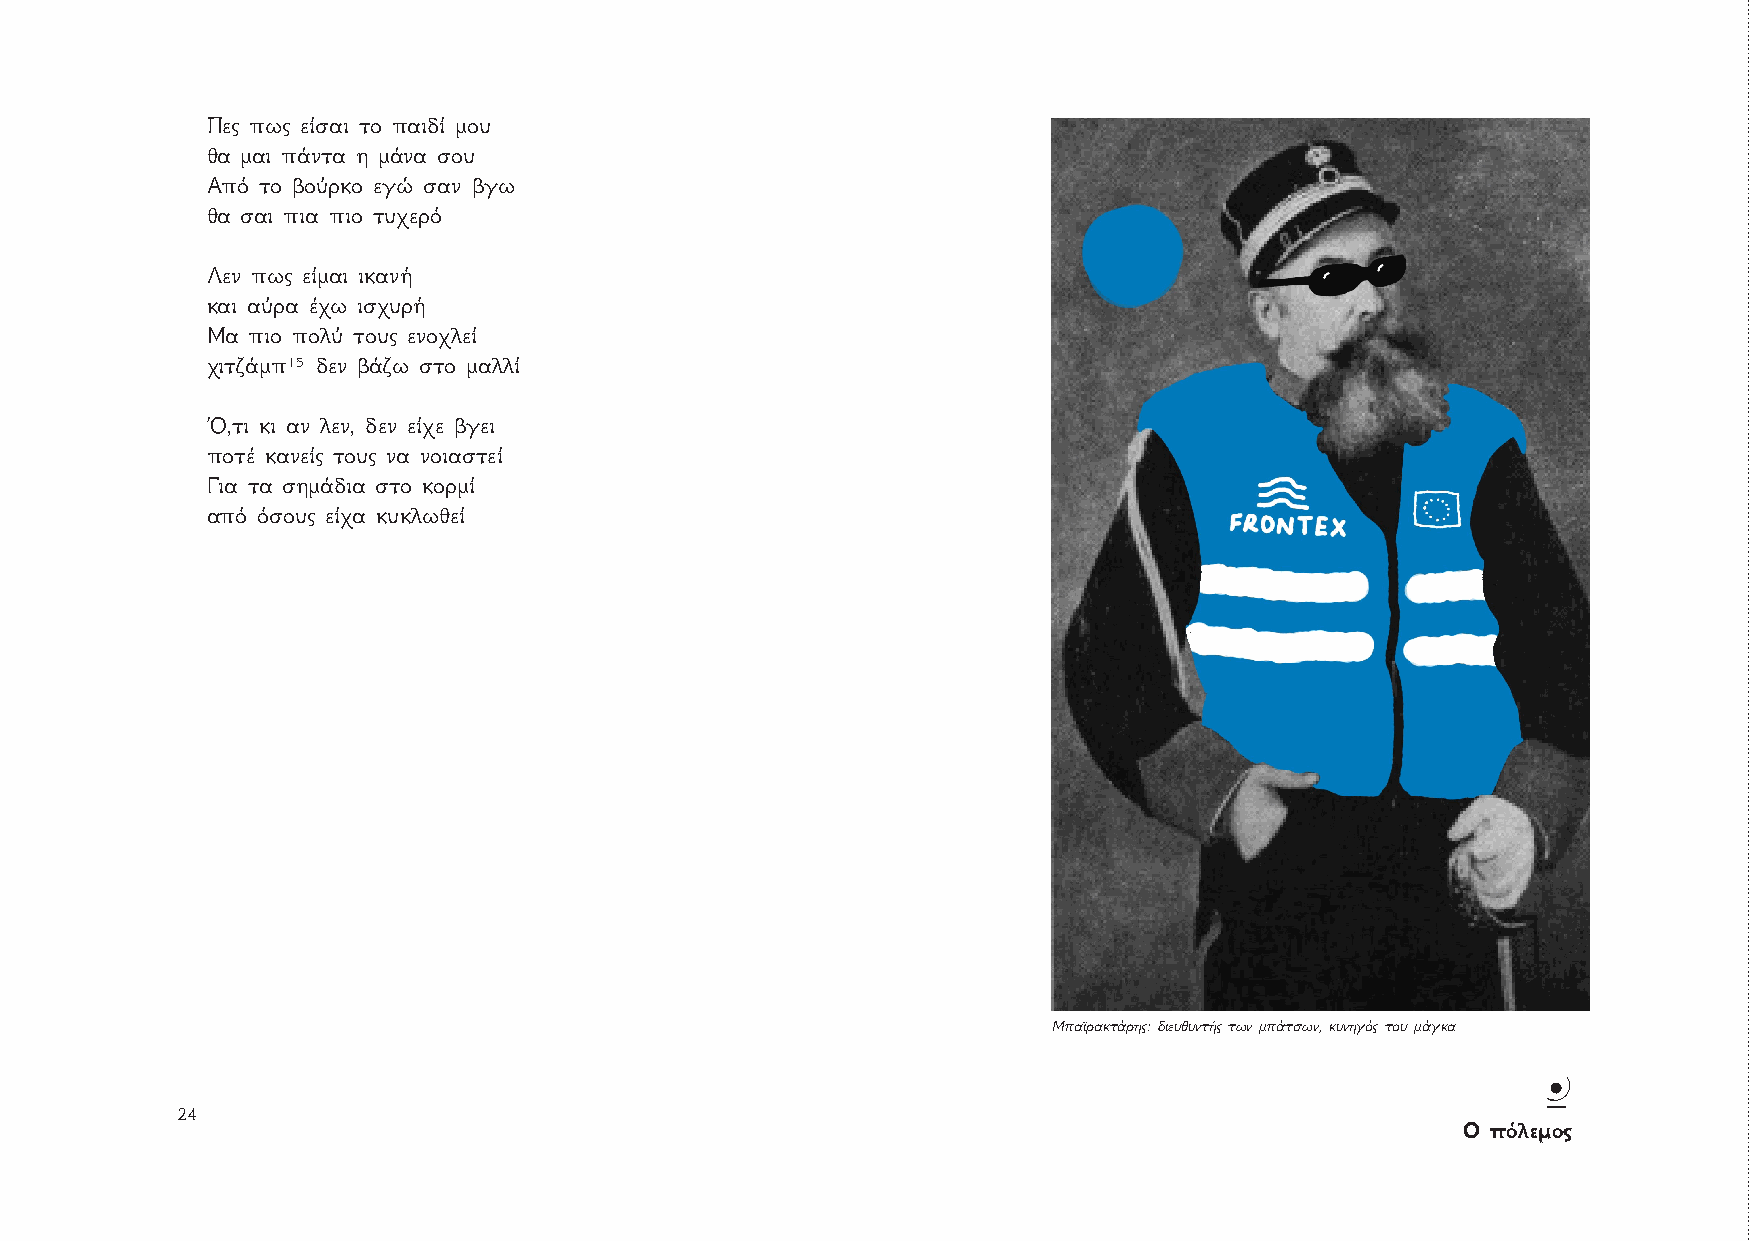
Πες πως είσαι το παιδί μου
 θα μαι πάντα η μάνα σου
 Από το βούρκο εγώ σαν βγω
 θα σαι πια πιο τυχερό
 Λεν πως είμαι ικανή
 και αύρα έχω ισχυρή
 Μα πιο πολύ τους ενοχλεί
 χιτζάμπ15 δεν βάζω στο μαλλί
 Ό,τι κι αν λεν, δεν είχε βγει
 ποτέ κανείς τους να νοιαστεί
 Για τα σημάδια στο κορμί
 από όσους είχα κυκλωθεί
 Μπαϊρακτάρης: διευθυντής των μπάτσων, κυνηγός του μάγκα
 Y
 24                                                                                         25
 Ο πόλεμος